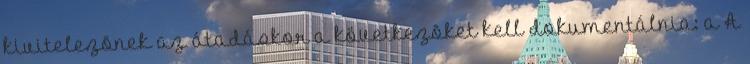
kivitelezõnek az átadáskor a következõket kell dokumentálnia: a A